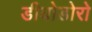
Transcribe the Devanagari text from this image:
डीयोडोरो